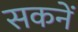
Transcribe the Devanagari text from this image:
सकनें